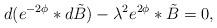
LaTeX: \begin{align*}d(e^{-2\phi} *d\tilde{B}) - {\lambda}^{2} e^{2\phi} *\tilde{B} = 0,\end{align*}